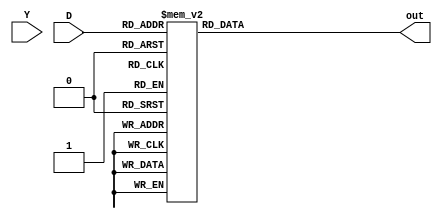
module demux_4to16 (
    input [3:0] D,
    input [15:0] Y,
    output reg [15:0] out
);

always @ (D)
begin
    case (D)
        4'b0000: out <= 16'b0000000000000001; // Y0 is selected
        4'b0001: out <= 16'b0000000000000010; // Y1 is selected
        4'b0010: out <= 16'b0000000000000100; // Y2 is selected
        4'b0011: out <= 16'b0000000000001000; // Y3 is selected
        4'b0100: out <= 16'b0000000000010000; // Y4 is selected
        4'b0101: out <= 16'b0000000000100000; // Y5 is selected
        4'b0110: out <= 16'b0000000001000000; // Y6 is selected
        4'b0111: out <= 16'b0000000010000000; // Y7 is selected
        4'b1000: out <= 16'b0000000100000000; // Y8 is selected
        4'b1001: out <= 16'b0000001000000000; // Y9 is selected
        4'b1010: out <= 16'b0000010000000000; // Y10 is selected
        4'b1011: out <= 16'b0000100000000000; // Y11 is selected
        4'b1100: out <= 16'b0001000000000000; // Y12 is selected
        4'b1101: out <= 16'b0010000000000000; // Y13 is selected
        4'b1110: out <= 16'b0100000000000000; // Y14 is selected
        4'b1111: out <= 16'b1000000000000000; // Y15 is selected
        default: out <= 16'b0000000000000000; // Default output is low
    endcase
end

endmodule